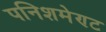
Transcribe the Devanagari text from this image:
पनिशमेण्ट